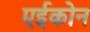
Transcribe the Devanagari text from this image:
एईकोन